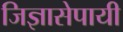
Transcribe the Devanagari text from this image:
जिज्ञासेपायी